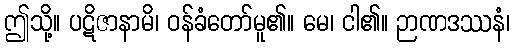
ဤသို့။ ပဋိဇာနာမိ၊ ဝန်ခံတော်မူ၏။ မေ၊ ငါ၏။ ဉာဏဒဿနံ၊